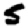
Digit: 5